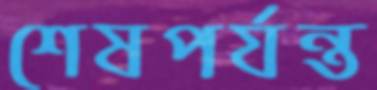
শেষপর্যন্ত